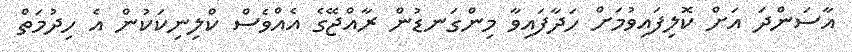
އާސަންދަ އަށް ކޮލިފައިވުމަށް ހަދާފައިވާ މިންގަނޑުން ރާއްޖޭގެ އެއްވެސް ކްލިނިކަކުން އެ ހިދުމަތް